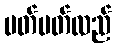
ပတ်ပတ်လည်